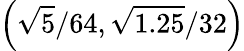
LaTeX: \left(\sqrt{5}/64,\sqrt{1.25}/32\right)